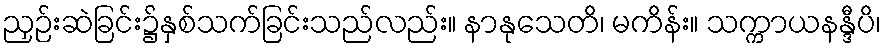
ညှဉ်းဆဲခြင်း၌နှစ်သက်ခြင်းသည်လည်း။ နာနုသေတိ၊ မကိန်း။ သက္ကာယနန္ဒီပိ၊